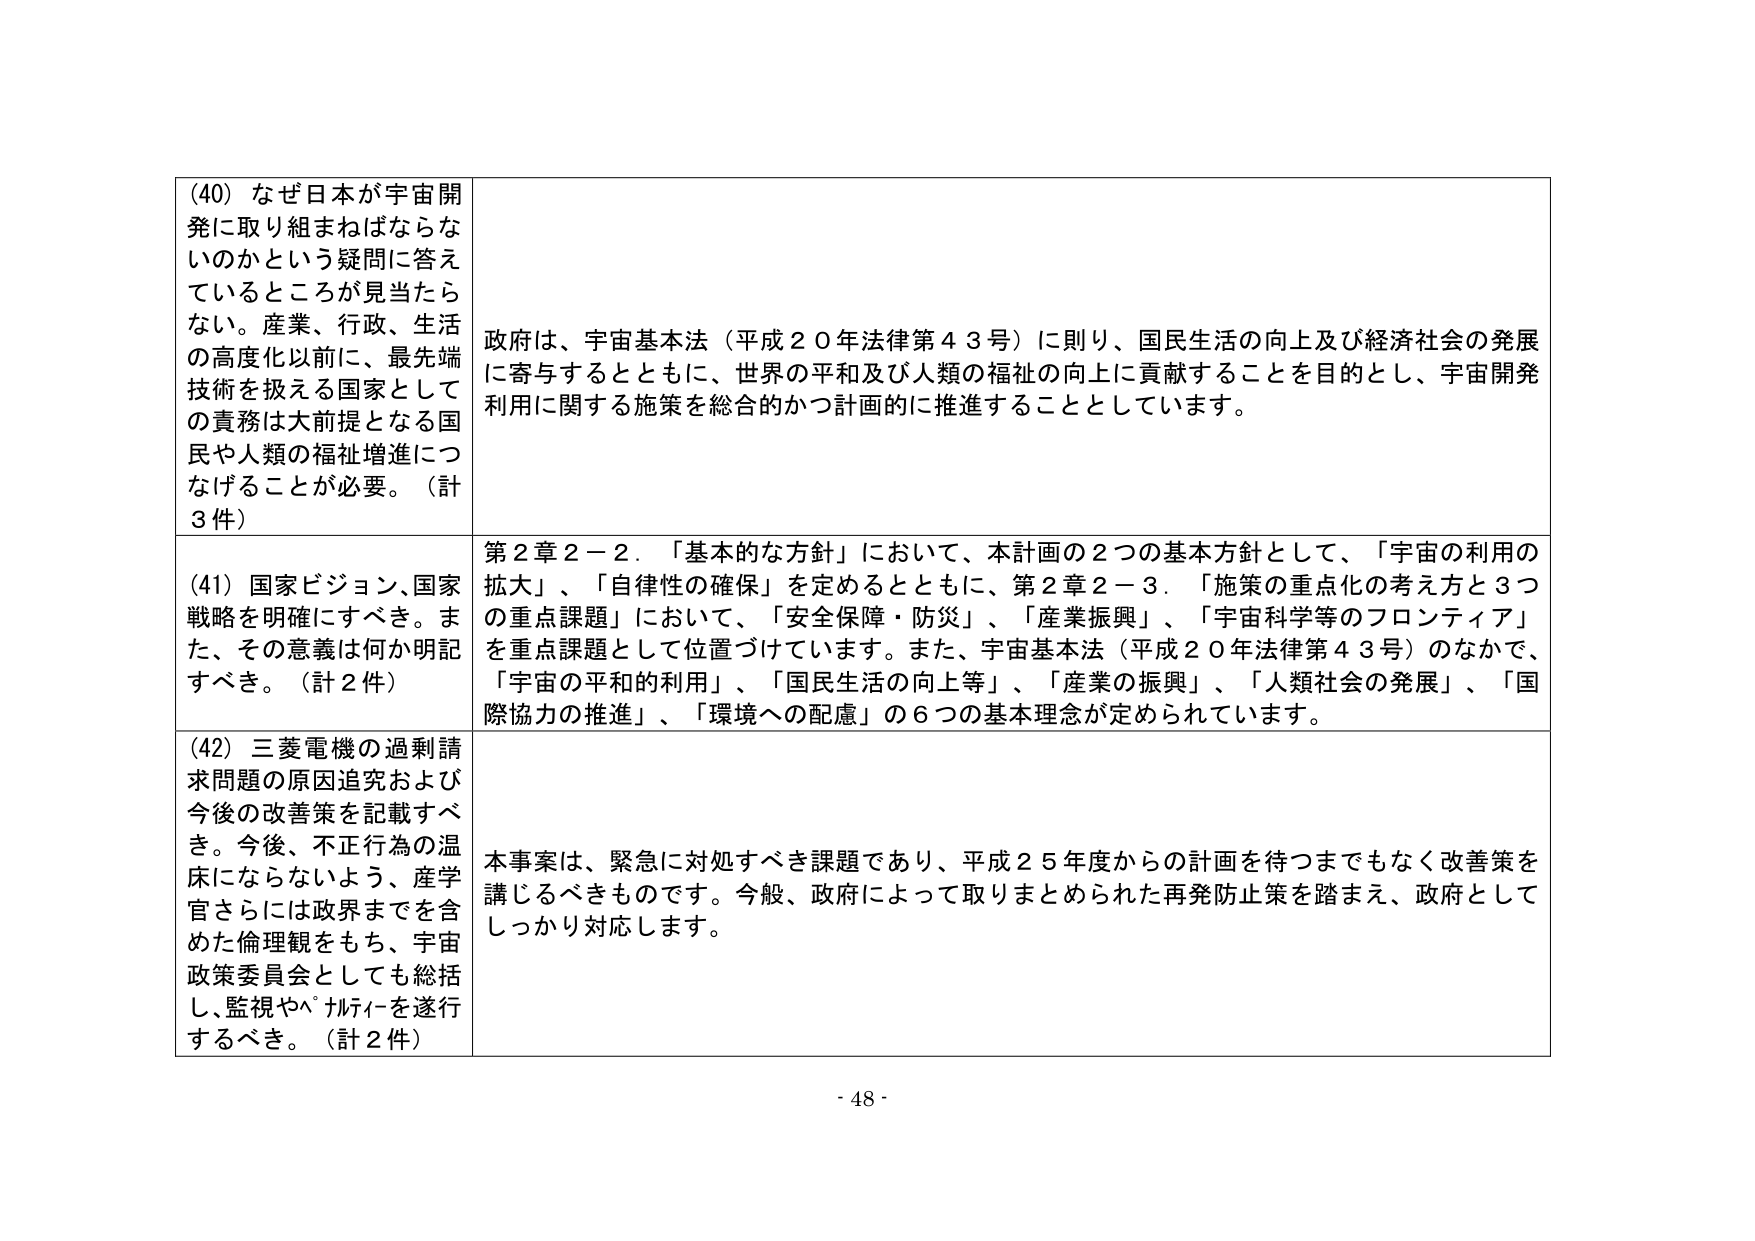
(40) なぜ日本が宇宙開発に取り組まねばならないのかという疑問に答えているところが見当たらない。産業、行政、生活の高度化以前に、最先端技術を扱える国家としての責務は大前提となる国民や人類の福祉増進につなげることが必要。（計3件）

政府は、宇宙基本法（平成２０年法律第４３号）に則り、国民生活の向上及び経済社会の発展に寄与するとともに、世界の平和及び人類の福祉の向上に貢献することを目的とし、宇宙開発利用に関する施策を総合的かつ計画的に推進することとしています。

(41) 国家ビジョン、国家戦略を明確にすべき。また、その意義は何か明記すべき。（計2件）

第2章2－2．「基本的な方針」において、本計画の2つの基本方針として、「宇宙の利用の拡大」、「自律性の確保」を定めるとともに、第2章2－3．「施策の重点化の考え方と3つの重点課題」において、「安全保障・防災」、「産業振興」、「宇宙科学等のフロンティア」を重点課題として位置づけています。また、宇宙基本法（平成20年法律第43号）のなかで、「宇宙の平和的利用」、「国民生活の向上等」、「産業の振興」、「人類社会の発展」、「国際協力の推進」、「環境への配慮」の6つの基本理念が定められています。

(42) 三菱電機の過剰請求問題の原因追究および今後の改善策を記載すべき。今後、不正行為の温床にならないよう、産学官さらには政界までを含めた倫理観をもち、宇宙政策委員会としても総括し、監視やパナリティーを遂行するべき。（計2件）

本事案は、緊急に対処すべき課題であり、平成25年度からの計画を待つまでもなく改善策を講じるべきものです。今般、政府によって取りまとめられた再発防止策を踏まえ、政府としてしっかり対応します。

- 48 -